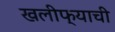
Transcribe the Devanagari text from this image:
खलीफ्याची